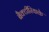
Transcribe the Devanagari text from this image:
बैक्टीरियाके